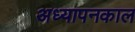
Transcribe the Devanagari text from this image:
अध्यापनकाल